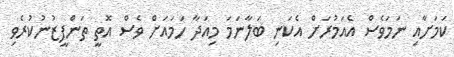
ކަމަށާއި ނަމަވެސް އެއަމުރަށް އެކަނި ބަލާނަމަ މިއަދާ ހަމައަށް ވެސް އޮތީ ތަންފީޒުނުކުރެވި